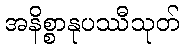
အနိစ္စာနုပဿီသုတ်